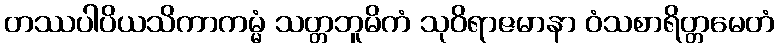
တဿပါပိယသိကာကမ္မံ သတ္တဘူမိကံ သုဝိရာဇမာနာ ဝံသစာရိတ္တမေတံ